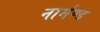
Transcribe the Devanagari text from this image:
नार्मण्ड